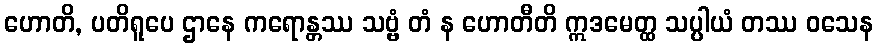
ဟောတိ, ပတိရူပေ ဌာနေ ကရောန္တဿ သဗ္ဗံ တံ န ဟောတီတိ ဣဒမေတ္ထ သပ္ပါယံ တဿ ဝသေန